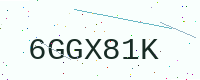
Text: 6GGX81K